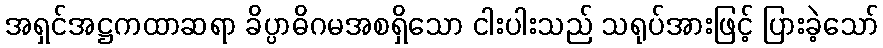
အရှင်အဋ္ဌကထာဆရာ ခိပ္ပာဓိဂမအစရှိသော ငါးပါးသည် သရုပ်အားဖြင့် ပြားခဲ့သော်